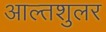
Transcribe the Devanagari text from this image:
आल्तशुलर